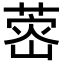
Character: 𮐗